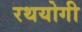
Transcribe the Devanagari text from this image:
रथयोगी